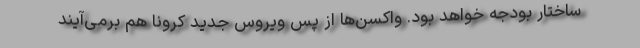
ساختار بودجه خواهد بود. واکسن‌ها از پس ویروس جدید کرونا هم برمی‌آیند